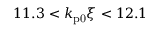
1 1 . 3 < k _ { \mathrm { p 0 } } \xi < 1 2 . 1